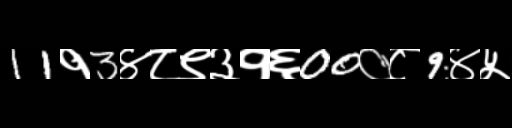
Text: 11१3४८९३१६00०८9४५